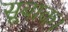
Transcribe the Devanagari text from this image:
सूबाक।